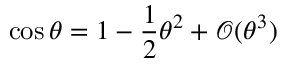
\cos \theta = 1 - \frac { 1 } { 2 } \theta ^ { 2 } + \mathcal { O } ( \theta ^ { 3 } )